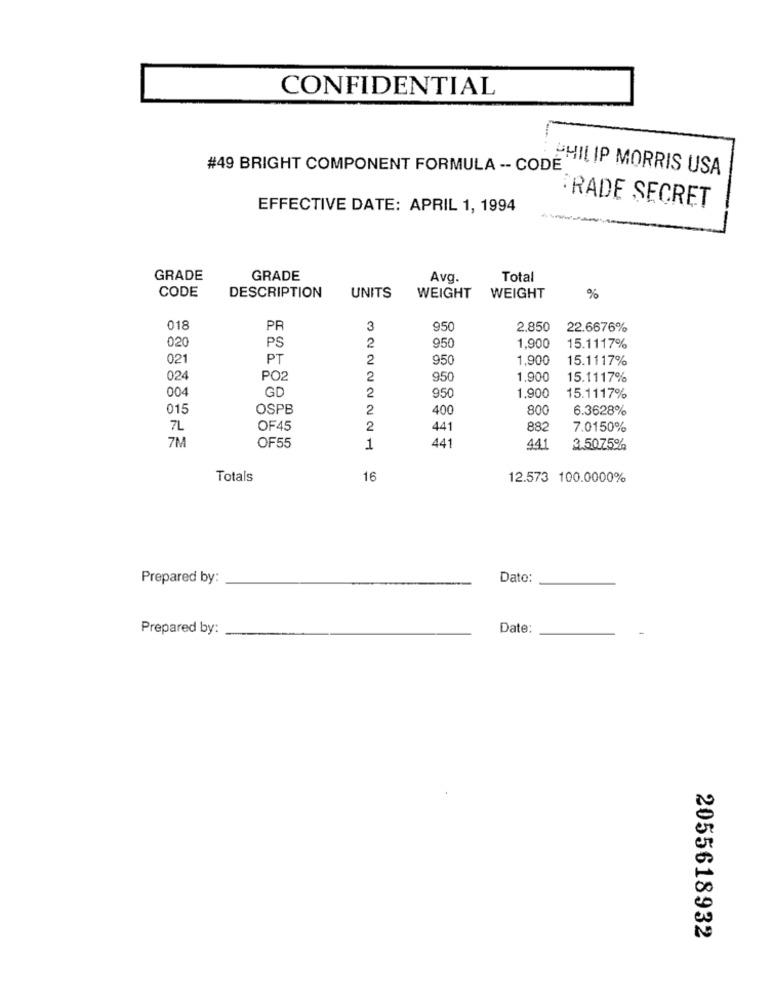
CONFIDENTIAL
#49 BRIGHT COMPONENT FORMULA -- CODE
PHILIP MORRIS USA
·RADE SECRET
EFFECTIVE DATE: APRIL 1, 1994
GRADE
GRADE
Ava.
Total
CODE
DESCRIPTION
UNITS
WEIGHT
WEIGHT
%
018
PF
3
950
2,850
22.6676%
020
PS
2
950
1,900
15.1117%
021
PT
2
950
1,900
15.1117%
024
PO2
2
950
1.900
15.1117%
004
GD
2
950
1,900
15.1117%
015
OSPB
2
400
800
6.3628%
7L
OF45
2
441
882
7.0150%
7M
OF55
1
441
441
3.5075%
Totals
16
12.573 100.0000%
Prepared by:
Dato:
Prepared by:
Date:
2055618932